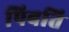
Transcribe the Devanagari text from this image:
पिबति